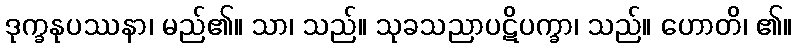
ဒုက္ခနုပဿနာ၊ မည်၏။ သာ၊ သည်။ သုခသညာပဋိပက္ခာ၊ သည်။ ဟောတိ၊ ၏။